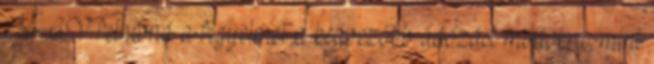
NAV felhívná a figyelmet a kedvezőbb adózási módokra, mint